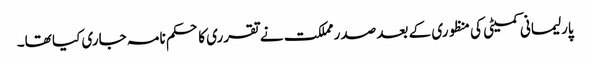
پارلیمانی کمیٹی کی منظوری کے بعد صدر مملکت نے تقرری کا حکم نامہ جاری کیا تھا۔